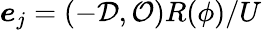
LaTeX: \boldsymbol{e}_{j}=(-\mathcal{D},\mathcal{O})R(\phi)/U